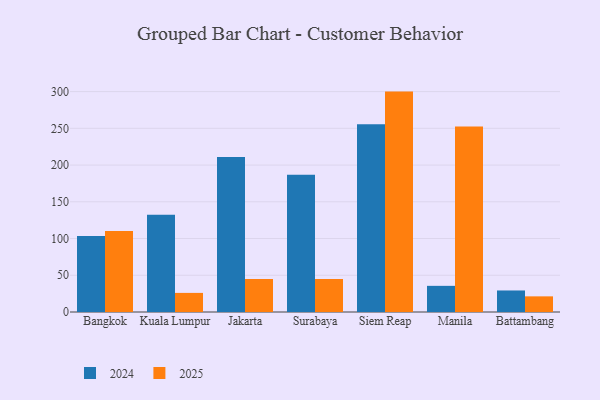
{"axis": {"x": "City", "y": "Headcount"}, "legend": ["2024", "2025"], "data": [{"x": "Bangkok", "y": 103.6, "type": "2024"}, {"x": "Bangkok", "y": 110.1, "type": "2025"}, {"x": "Kuala Lumpur", "y": 132.5, "type": "2024"}, {"x": "Kuala Lumpur", "y": 26.0, "type": "2025"}, {"x": "Jakarta", "y": 211.0, "type": "2024"}, {"x": "Jakarta", "y": 44.9, "type": "2025"}, {"x": "Surabaya", "y": 186.7, "type": "2024"}, {"x": "Surabaya", "y": 44.9, "type": "2025"}, {"x": "Siem Reap", "y": 255.5, "type": "2024"}, {"x": "Siem Reap", "y": 300.0, "type": "2025"}, {"x": "Manila", "y": 35.6, "type": "2024"}, {"x": "Manila", "y": 252.5, "type": "2025"}, {"x": "Battambang", "y": 29.3, "type": "2024"}, {"x": "Battambang", "y": 21.3, "type": "2025"}]}